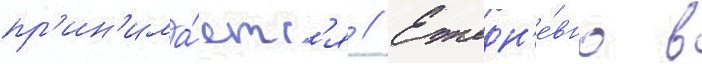
пр'ин'има́етс'я // Ежедн'е́вно в